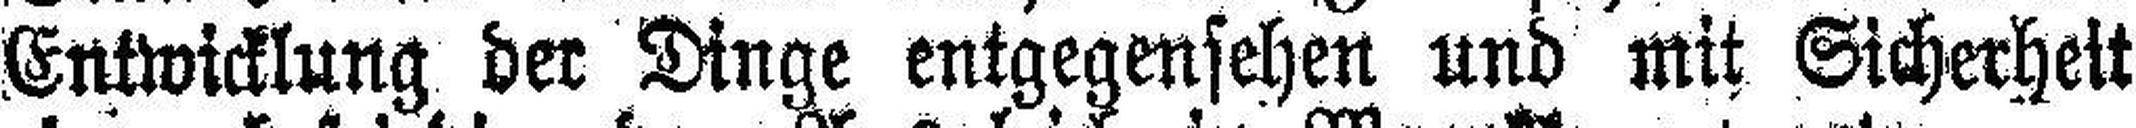
Entwicklung der Dinge entgegensehen und mit Sicherheit